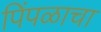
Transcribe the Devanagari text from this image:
पिंपळाचा